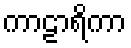
ကာဠာရိကာ